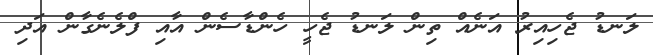
ލަނޑު ޖެހިއިރު އަނެއް ތިން ލަނޑު ޖެހީ ހެންޑާސެން އާއި ފްލެނެގާން އަދި